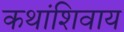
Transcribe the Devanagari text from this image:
कथांशिवाय